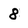
Character: 8